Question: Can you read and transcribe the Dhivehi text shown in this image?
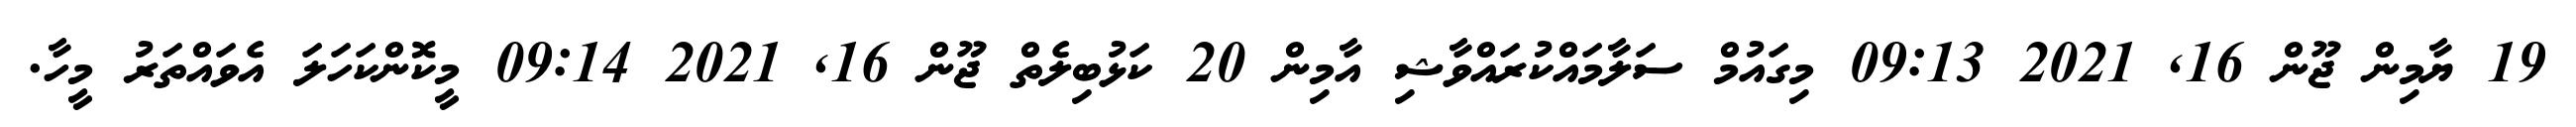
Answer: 19 ޔާމިން ޖޫން 16, 2021 09:13 މިގައުމް ސަލާމައްކުރައްވާޝި އާމިން 20 ކަޅުބިލެތް ޖޫން 16, 2021 09:14 މީކޮންކަހަލަ އެވައްތަރު މީހާ.